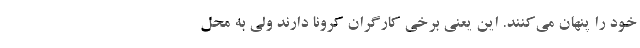
خود را پنهان می‌کنند. این یعنی برخی کارگران کرونا دارند ولی به محل